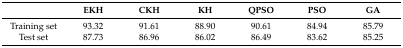
<table><thead><tr><td>[EMPTY_CELL]</td><td><b>EKH</b></td><td><b>CKH</b></td><td><b>KH</b></td><td><b>QPSO</b></td><td><b>PSO</b></td><td><b>GA</b></td></tr></thead><tbody><tr><td>Training set</td><td>93.32</td><td>91.61</td><td>88.90</td><td>90.61</td><td>84.94</td><td>85.79</td></tr><tr><td>Test set</td><td>87.73</td><td>86.96</td><td>86.02</td><td>86.49</td><td>83.62</td><td>85.25</td></tr></tbody></table>